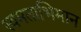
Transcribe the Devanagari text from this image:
स्वमताभिमान